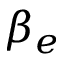
\beta _ { e }